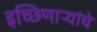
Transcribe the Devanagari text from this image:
इच्छिणाऱ्यांचे